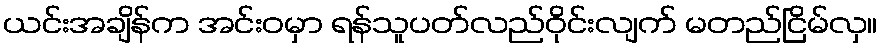
ယင်းအချိန်က အင်းဝမှာ ရန်သူပတ်လည်ဝိုင်းလျက် မတည်ငြိမ်လှ။